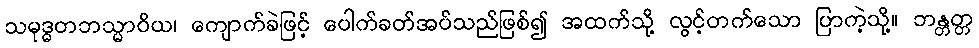
သမုဒ္ဓတဘသ္မာဝိယ၊ ကျောက်ခဲဖြင့် ပေါက်ခတ်အပ်သည်ဖြစ်၍ အထက်သို့ လွင့်တက်သော ပြာကဲ့သို့။ ဘန္တတ္တ